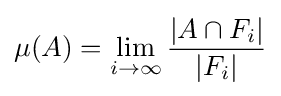
\mu (A)=\lim _{i\to \infty }{|A\cap F_{i}| \over |F_{i}|}